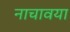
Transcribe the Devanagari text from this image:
नाचावया